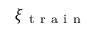
\xi _ { \mathrm { ~ t ~ r ~ a ~ i ~ n ~ } }